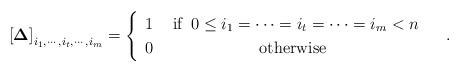
LaTeX: \begin{align*}\left[\boldsymbol{\Delta}\right]_{i_{1},\cdots,i_{t},\cdots,i_{m}}=\begin{cases}\begin{array}{cc}1 & \mbox{ if }\:0\le i_{1}=\cdots=i_{t}=\cdots=i_{m}<n\\0 & \mbox{otherwise}\end{array}\end{cases}.\end{align*}